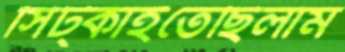
সিট্‌কাইতেছিলাম